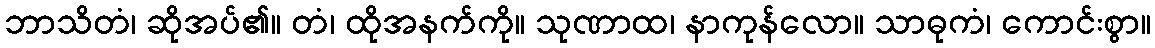
ဘာသိတံ၊ ဆိုအပ်၏။ တံ၊ ထိုအနက်ကို။ သုဏာထ၊ နာကုန်လော။ သာဓုကံ၊ ကောင်းစွာ။